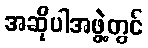
အဆိုပါအဖွဲ့တွင်